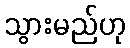
သွားမည်ဟု